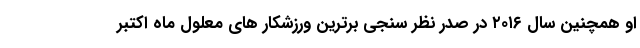
او همچنین سال ۲۰۱۶ در صدر نظر سنجی برترین ورزشکار های معلول ماه اکتبر